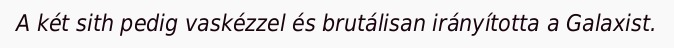
A két sith pedig vaskézzel és brutálisan irányította a Galaxist.